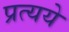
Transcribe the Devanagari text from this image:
प्रत्यये